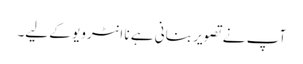
آپ نے تصویر بنانی ہے نا انٹرویو کے لیے۔